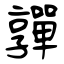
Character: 嚲